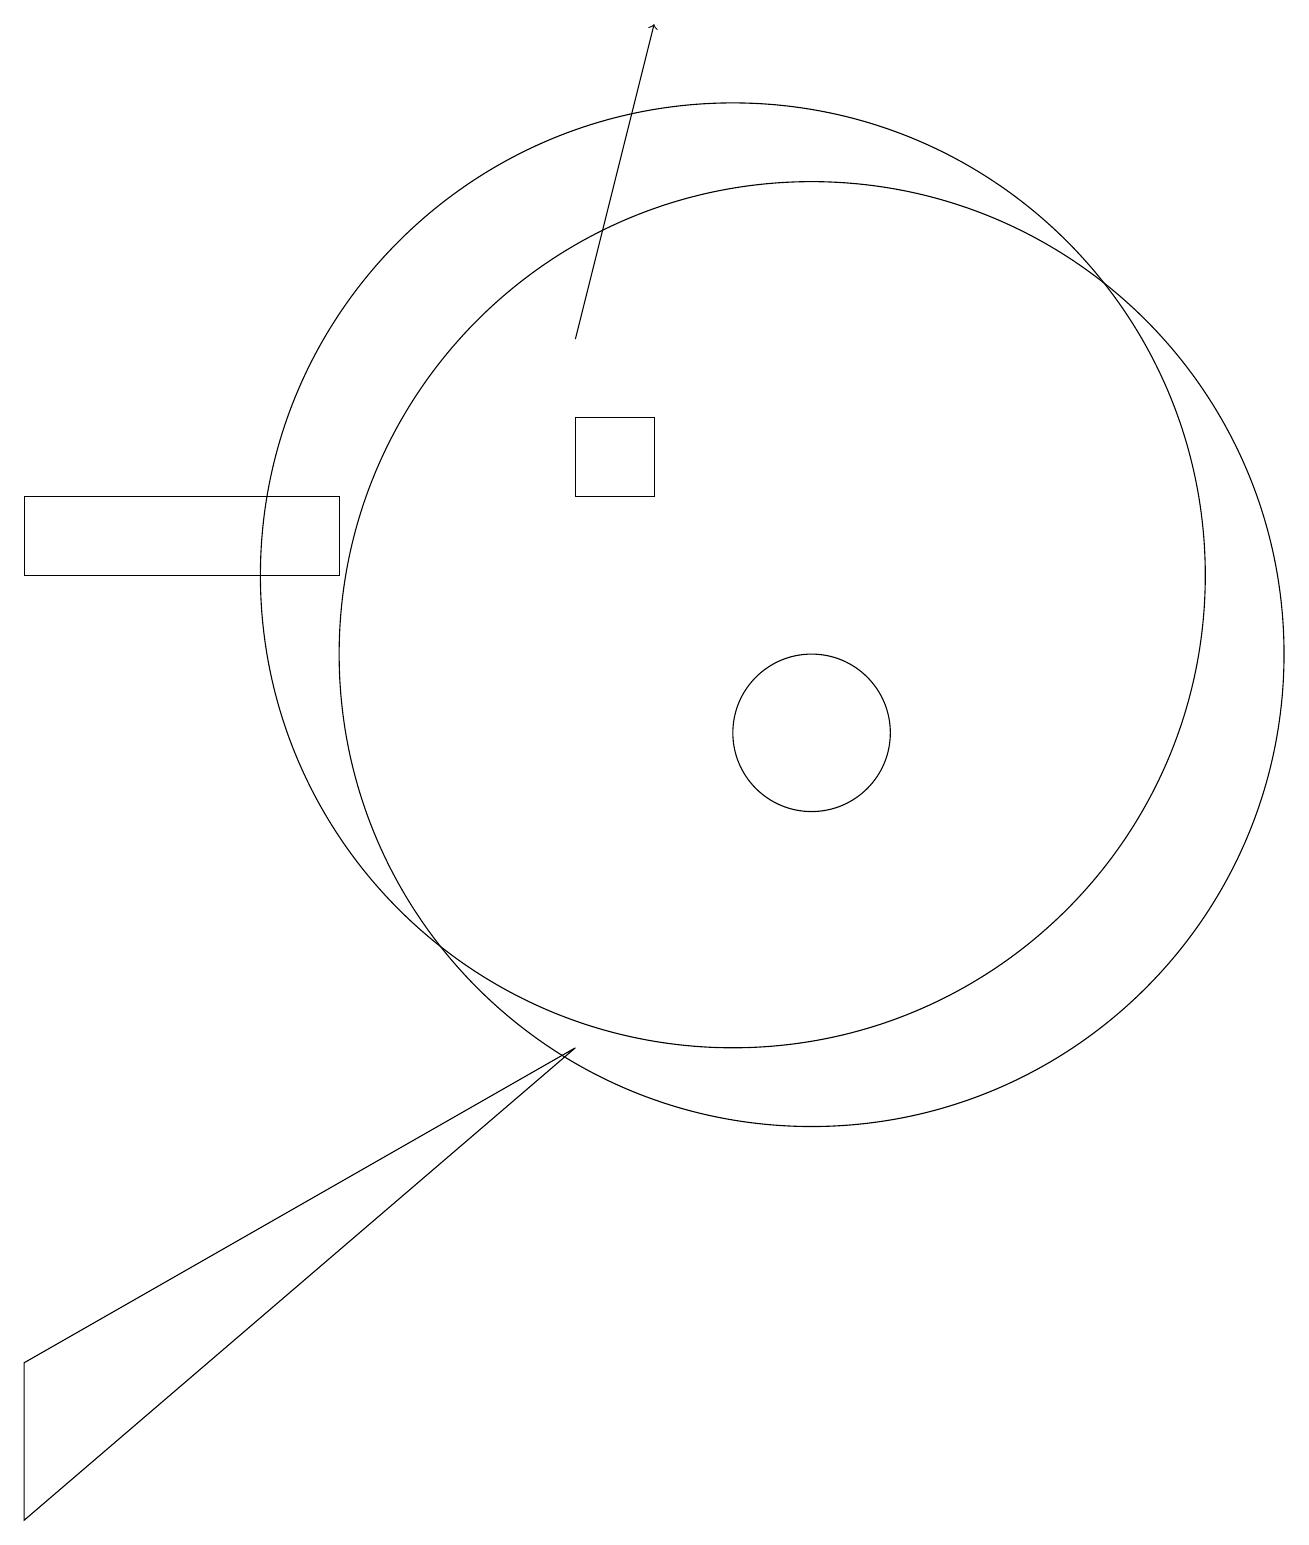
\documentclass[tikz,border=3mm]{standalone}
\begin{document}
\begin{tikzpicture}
\draw (10,12) circle (6);
\draw[->] (8,15) -- (9,19);
\draw (1,0) -- (8,6) -- (1,2) -- cycle;
\draw (11,10) circle (1);
\draw (5,13) rectangle (1,12);
\draw (9,13) rectangle (8,14);
\draw (11,11) circle (6);
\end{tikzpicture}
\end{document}